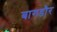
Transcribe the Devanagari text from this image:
बागडौर